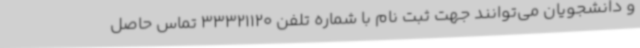
و دانشجویان می‌توانند جهت ثبت نام با شماره تلفن 33321120 تماس حاصل